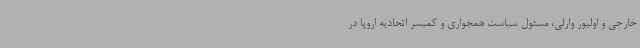
خارجی و اولیور وارلی، مسئول سیاست همجواری و کمیسر اتحادیه اروپا در